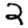
Digit: 2